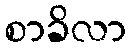
စာခိလာ